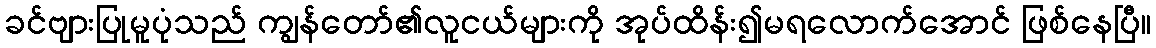
ခင်ဗျားပြုမူပုံသည် ကျွန်တော်၏လူငယ်များကို အုပ်ထိန်း၍မရလောက်အောင် ဖြစ်နေပြီ။